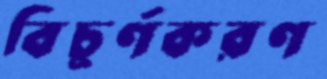
বিচূর্ণকরণ